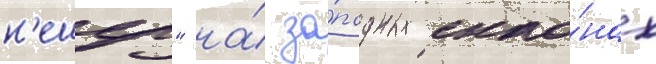
н'ешер" на́ за́падных скло́нах